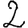
Digit: 2